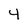
Character: 4